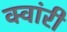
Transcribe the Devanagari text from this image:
क्वांरी